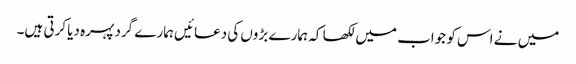
میں نے اس کو جواب میں لکھا کہ ہمارے بڑوں کی دعائیں ہمارے گرد پہرہ دیا کرتی ہیں۔